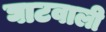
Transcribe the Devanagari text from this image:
घाटवाली